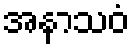
အနာသဝံ